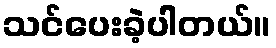
သင်ပေးခဲ့ပါတယ်။